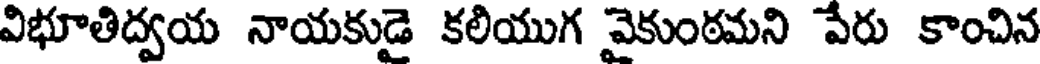
విభూతిద్వయ నాయకుడై కలియుగ వైకుంఠమని వేరు కాంచిన